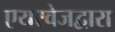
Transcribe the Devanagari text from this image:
एयरवेजद्वारा